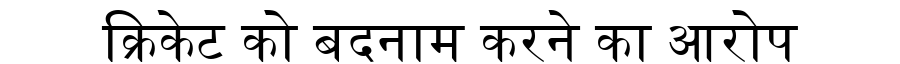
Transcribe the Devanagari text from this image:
क्रिकेट को बदनाम करने का आरोप